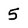
Character: 5